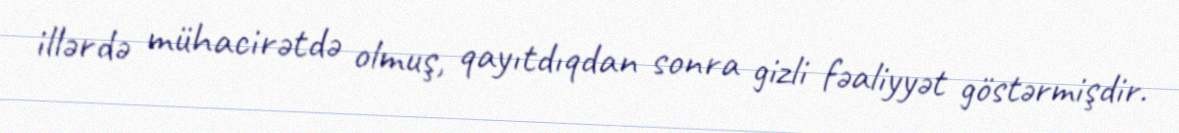
illərdə mühacirətdə olmuş, qayıtdıqdan sonra gizli fəaliyyət göstərmişdir.